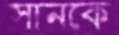
সানকে